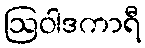
ဩဝါဒကာရီ